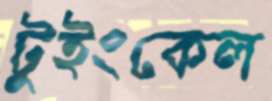
টুইংকেল